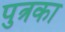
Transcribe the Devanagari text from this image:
पुत्रका